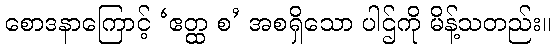
စောဒနာကြောင့် ‘ဧတ္ထ စ’ အစရှိသော ပါဌ်ကို မိန့်သတည်း။